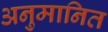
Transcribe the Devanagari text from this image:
अनुमानित